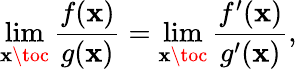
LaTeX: \operatorname*{lim}_{\mathbf{x}\toc}{\frac{{f(\mathbf{x})}}{{g(\mathbf{x})}}}=\operatorname*{lim}_{\mathbf{x}\toc}{\frac{{f^{\prime}(\mathbf{x})}}{{g^{\prime}(\mathbf{x})}}},